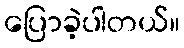
ပြောခဲ့ပါတယ်။